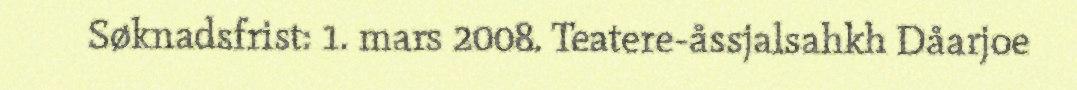
Søknadsfrist: 1. mars 2008. Teatere-åssjalsahkh Dåarjoe